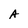
Character: A